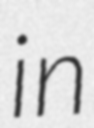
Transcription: in